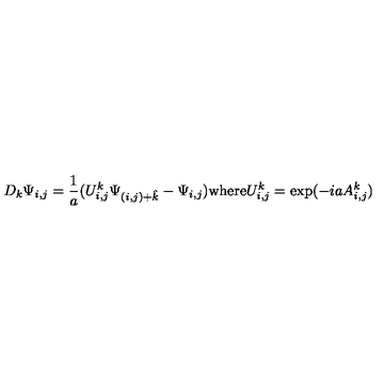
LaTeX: D _ { k } \Psi _ { i , j } = { \frac { 1 } { a } } ( U _ { i , j } ^ { k } \Psi _ { ( i , j ) + \hat { k } } - \Psi _ { i , j } ) \mathrm { w h e r e } U _ { i , j } ^ { k } = \mathrm { e x p } ( - i a A _ { i , j } ^ { k } )